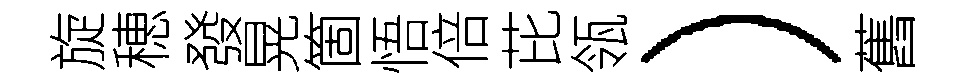
旋穂發晃箇悟倍芘瓴）舊